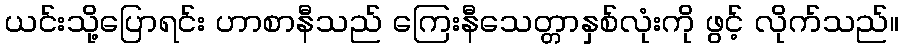
ယင်းသို့ပြောရင်း ဟာစာနီသည် ကြေးနီသေတ္တာနှစ်လုံးကို ဖွင့် လိုက်သည်။